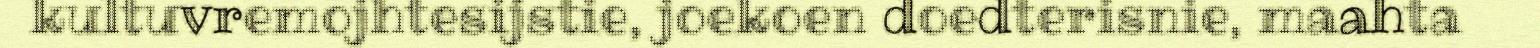
kultuvremojhtesijstie, joekoen doedterisnie, maahta